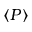
\langle P \rangle